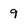
Character: 9